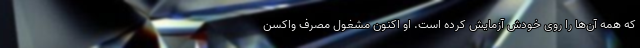
که همه آن‌ها را روی خودش آزمایش کرده است. او اکنون مشغولِ مصرفِ واکسنِ